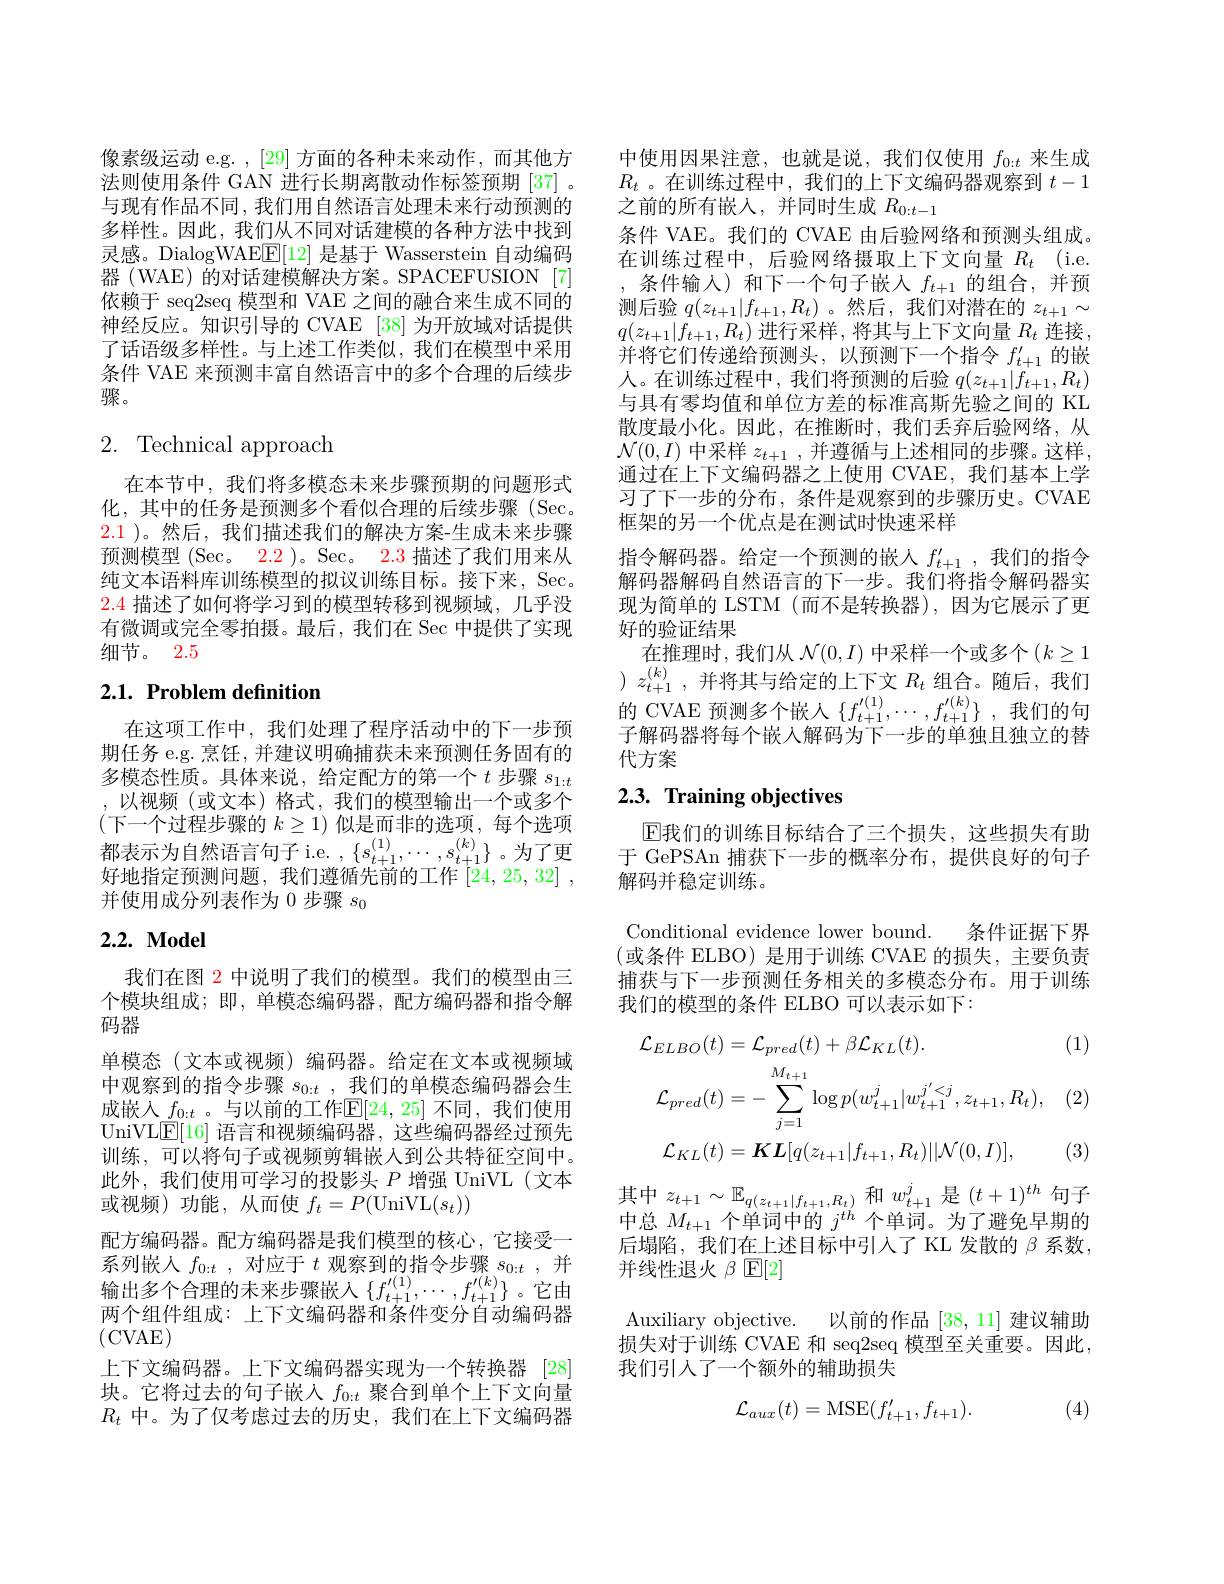
像素级运动 e.g. ,[29]方面的各种未来动作，而其他方法则使用条件 GAN 进行长期离散动作标签预期 [37] 。与现有作品不同，我们用自然语言处理未来行动预测的多样性。因此，我们从不同对话建模的各种方法中找到灵感。DialogWAE$\underline{\mathrm{E}}[12]$是基于 Wasserstein 自动编码器 (WAE) 的对话建模解决方案。SPACEFUSION [7] 依赖于 seq2seq 模型和 VAE 之间的融合来生成不同的神经反应。知识引导的 CVAE [38] 为开放域对话提供了话语级多样性。与上述工作类似，我们在模型中采用条件 VAE 来预测丰富自然语言中的多个合理的后续步骤。

## 2. Technical approach

在本节中，我们将多模态未来步骤预期的问题形式化，其中的任务是预测多个看似合理的后续步骤(Sec。2.1 )。然后，我们描述我们的解决方案-生成未来步骤预测模型 (Sec。2.2 )。Sec。2.3 描述了我们用来从纯文本语料库训练模型的拟议训练目标。接下来，Sec. 2.4描述了如何将学习到的模型转移到视频域，几乎没有微调或完全零拍摄。最后，我们在 Sec 中提供了实现细节。2.5

# 2.1. Problem definition

在这项工作中，我们处理了程序活动中的下一步预期任务 e.g. 烹饪，并建议明确捕获未来预测任务固有的多模态性质。具体来说，给定配方的第一个$t$步骤$s_{1:t}$ ,以视频(或文本)格式，我们的模型输出一个或多个(下一个过程步骤的 $k\geq1)$ 似是而非的选项，每个选项都表示为自然语言句子 i.e. $,\{s_{t+1}^{(1)},\cdots,s_{t+1}^{(k)}\}$。为了更好地指定预测问题，我们遵循先前的工作[24,25,32] , 并使用成分列表作为 0 步骤$s_{0}$

## $2. 2. \textbf{ Model}$

我们在图 2 中说明了我们的模型。我们的模型由三个模块组成；即，单模态编码器，配方编码器和指令解码器
单模态(文本或视频)编码器。给定在文本或视频域中观察到的指令步骤$s_{0:t}$ ,我们的单模态编码器会生成嵌人$\underline f_{0:t}$。与以前的工作$\mathbb{E}[24,25]$ 不同，我们使用UniVL$\underline{\mathrm{E}}[16]$语言和视频编码器，这些编码器经过预先训练，可以将句子或视频剪辑嵌入到公共特征空间中。此外，我们使用可学习的投影头$P$增强 UniVL(文本或视频)功能，从而使$f_t=P($UniVL$(s_t))$
配方编码器。配方编码器是我们模型的核心，它接受一系列嵌人$f_0:t$,对应于$t$观察到的指令步骤$s_0:t$,并输出多个合理的未来步骤嵌入$\{f_{t+1}^{\prime(1)},\cdots,f_{t+1}^{\prime(k)}\}$。它由两个组件组成：上下文编码器和条件变分自动编码器(CVAE)
上下文编码器。上下文编码器实现为一个转换器 [28] 块。它将过去的句子嵌人$f_{0:t}$聚合到单个上下文向量$R_t$中。为了仅考虑过去的历史，我们在上下文编码器

中使用因果注意，也就是说，我们仅使用$f_{0:t}$来生成$R_t$ 。在训练过程中，我们的上下文编码器观察到$t-1$ 之前的所有嵌人，并同时生成$R_0:t-1$
条件 VAE。我们的 CVAE 由后验网络和预测头组成。在训练过程中，后验网络摄取上下文向量$R_t$ (i.e. ,条件输入)和下一个句子嵌人$f_t+1$的组合，并预测后验$q(z_t+1|f_{t+1},R_t)$ 。然后，我们对潜在的$z_t+1\sim$ $q(z_{t+1}|f_{t+1},R_t)$进行采样，将其与上下文向量$R_t$连接并将它们传递给预测头，以预测下一个指令$f_t+1^{\prime}$的嵌人。在训练过程中，我们将预测的后验$q(z_t+1|f_{t+1},R_t)$ 与具有零均值和单位方差的标准高斯先验之间的 KL 散度最小化。因此，在推断时，我们丢弃后验网络，从$\mathcal{N}(0,I)$中采样$z_t+1$,并遵循与上述相同的步骤。这样， 通过在上下文编码器之上使用 CVAE,我们基本上学习了下一步的分布，条件是观察到的步骤历史。CVAE 框架的另一个优点是在测试时快速采样
指令解码器。给定一个预测的嵌人$f_{t+1}^{\prime}$,我们的指令解码器解码自然语言的下一步。我们将指令解码器实现为简单的 LSTM (而不是转换器),因为它展示了更好的验证结果
在推理时，我们从 $\mathcal{N}(0,I)$ 中采样一个或多个$\left(k\geq1\right.$ ) $z_{t+ 1}^{( k) }$ , 并将其与给定的上下文 $R_t$ 组合。随后，我们的 CVAE 预测多个嵌人$\{f_{t+1}^{\prime(1)},\cdots,f_{t+1}^{\prime(k)}\}$,我们的句子解码器将每个嵌入解码为下一步的单独且独立的替代方案

## 2.3. Training objectives

$\operatorname{E}$我们的训练目标结合了三个损失，这些损失有助于 GePSAn 捕获下一步的概率分布，提供良好的句子解码并稳定训练。

Conditional evidence lower bound. 条件证据下界(或条件 ELBO) 是用于训练 CVAE 的损失，主要负责捕获与下一步预测任务相关的多模态分布。用于训练我们的模型的条件 ELBO 可以表示如下：

(1)
$$\begin{aligned}&\mathcal{L}_{ELBO}(t)=\mathcal{L}_{pred}(t)+\beta\mathcal{L}_{KL}(t).\\&\mathcal{L}_{pred}(t)=-\sum_{j=1}^{M_{t+1}}\log p(w_{t+1}^{j}|w_{t+1}^{j^{\prime}<j},z_{t+1},R_{t}),\\&\mathcal{L}_{KL}(t)=\boldsymbol{K}\boldsymbol{L}[q(z_{t+1}|f_{t+1},R_{t})||\mathcal{N}(0,I)],\end{aligned}$$
(3)

其中$z_t+1\sim\mathbb{E}_{q(z_{t+1}|f_{t+1},R_{t})}$和$w_t+1^j$是$(t+1)^th$句子中总$M_{t+1}$个单词中的$j^{th}$个单词。为了避免早期的后塌陷，我们在上述目标中引入了 KL 发散的$\beta$系数， 并线性退火$\beta$ E[2]

Auxiliary objective. 以前的作品[38,11]建议辅助损失对于训练 CVAE 和 seq2seq 模型至关重要。因此， 我们引入了一个额外的辅助损失

(4)
$$\mathcal{L}_{aux}(t)=\mathrm{MSE}(f_{t+1}',f_{t+1}).$$